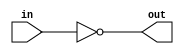
`ifndef _NOT
`define _NOT

module not16(in, out);		// Implements 16-bit bitwise NOT

	input  [15:0] in;
	output [15:0] out;
	
	assign out = ~ in;
	
endmodule

`endif